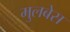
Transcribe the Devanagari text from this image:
मुलबेस